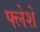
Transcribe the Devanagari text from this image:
फ्लेशे